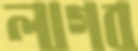
লাগব